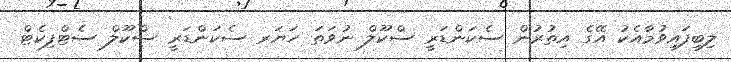
ލިބިފައިވުމާއެކު އޭގެ އިތުރުން ސެކަންޑަރީ ސްކޫލް ނުވަތަ ހަޔަރ ސެކަންޑަރީ ސްކޫލް ސެޓްފިކެޓް